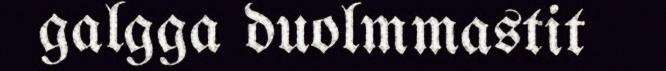
galgga duolmmastit